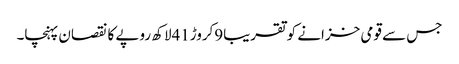
جس سے قومی خزانے کو تقریبا9کروڑ41لاکھ روپے کا نقصان پہنچا۔